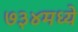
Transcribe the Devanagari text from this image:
७३४मध्ये